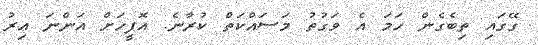
ގޭގައި ތިބެގެން ހަމަ އެ ވަގުތު މަސައްކަތް ކުރާނެ. އޮފީހަށް އަންނަ އިރު